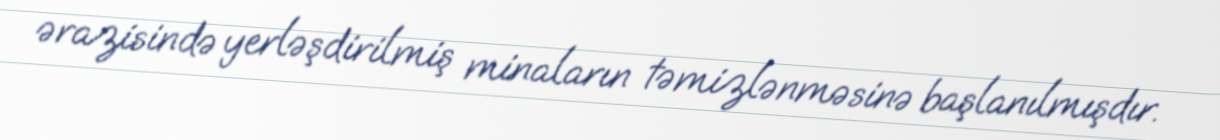
ərazisində yerləşdirilmiş minaların təmizlənməsinə başlanılmışdır.